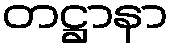
တဋ္ဌာနာ